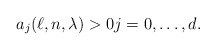
\begin{align*}a_j (\ell, n , \lambda) > 0 j = 0,\ldots,d.\end{align*}